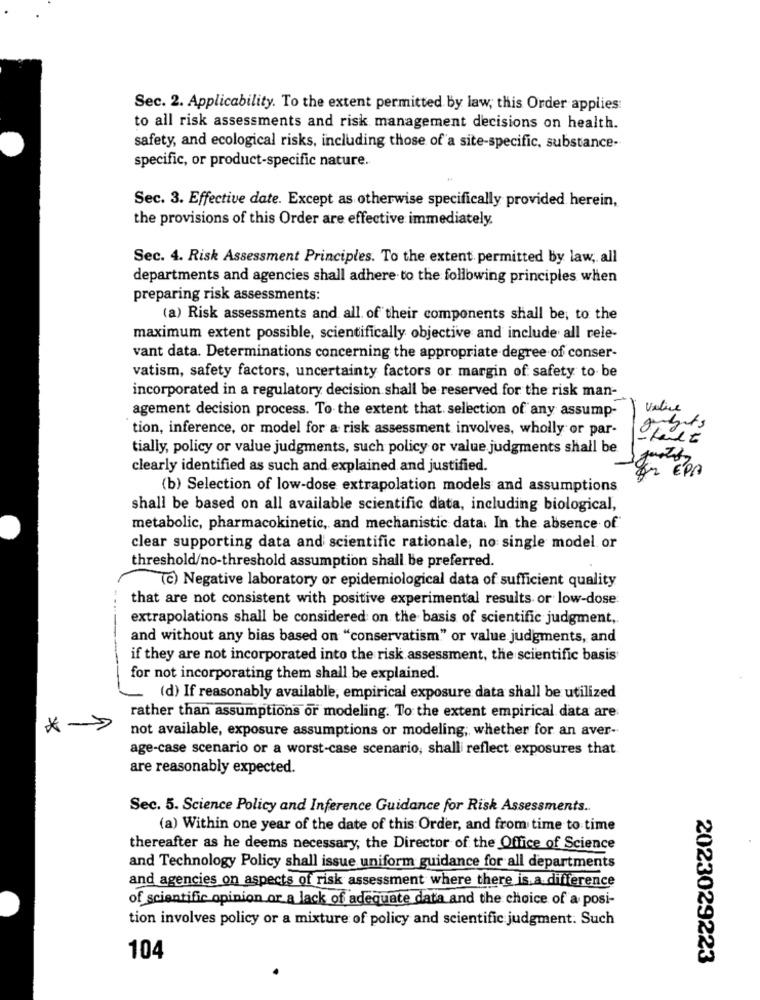
Sec. 2. Applicability. To the extent permitted by law, this Order applies:
to all risk assessments and risk management decisions on health.
safety, and ecological risks, including those of a site-specific, substance-
specific, or product-specific nature.
Sec. 3. Effective date. Except as otherwise specifically provided herein,
the provisions of this Order are effective immediately.
Sec. 4. Risk Assessment Principles. To the extent permitted by law, all
departments and agencies shall adhere to the following principles when
preparing risk assessments:
(a) Risk assessments and all. of their components shall be, to the
maximum extent possible, scientifically objective and include all rele-
vant data. Determinations concerning the appropriate degree of conser-
vatism, safety factors, uncertainty factors or margin of safety to be
incorporated in a regulatory decision shall be reserved for the risk man-
agement decision process. To the extent that selection of any assump-
velice
tion, inference, or model for a risk assessment involves, wholly or par-
tially, policy or value judgments, such policy or value judgments shall be
clearly identified as such and explained and justified.
Er ÉPA
(b) Selection of low-dose extrapolation models and assumptions
shall be based on all available scientific data, including biological,
metabolic, pharmacokinetic, and mechanistic data. In the absence of
clear supporting data and scientific rationale, no single model or
threshold/no-threshold assumption shall be preferred.
(c) Negative laboratory or epidemiological data of sufficient quality
that are not consistent with positive experimental results or low-dose
extrapolations shall be considered on the basis of scientific judgment,
-----
and without any bias based on "conservatism" or value judgments, and
if they are not incorporated into the risk assessment, the scientific basis
for not incorporating them shall be explained.
. (d) If reasonably available, empirical exposure data shall be utilized
rather than assumptions or modeling. To the extent empirical data are
*
not available, exposure assumptions or modeling; whether for an aver-
age-case scenario or a worst-case scenario, shalli reflect exposures that
are reasonably expected.
Sec. 5. Science Policy and Inference Guidance for Risk Assessments ..
(a) Within one year of the date of this Order, and from time to time
thereafter as he deems necessary, the Director of the Office of Science
and Technology Policy shall issue uniform guidance for all departments
and agencies on aspects of risk assessment where there is.a.difference
of scientific opinion or a lack of adequate data and the choice of a posi-
tion involves policy or a mixture of policy and scientific judgment. Such
104
2023029223